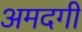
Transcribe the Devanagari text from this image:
अमदगी